Medical and sanitary report on the native army of Bombay for the year
Year: 1879
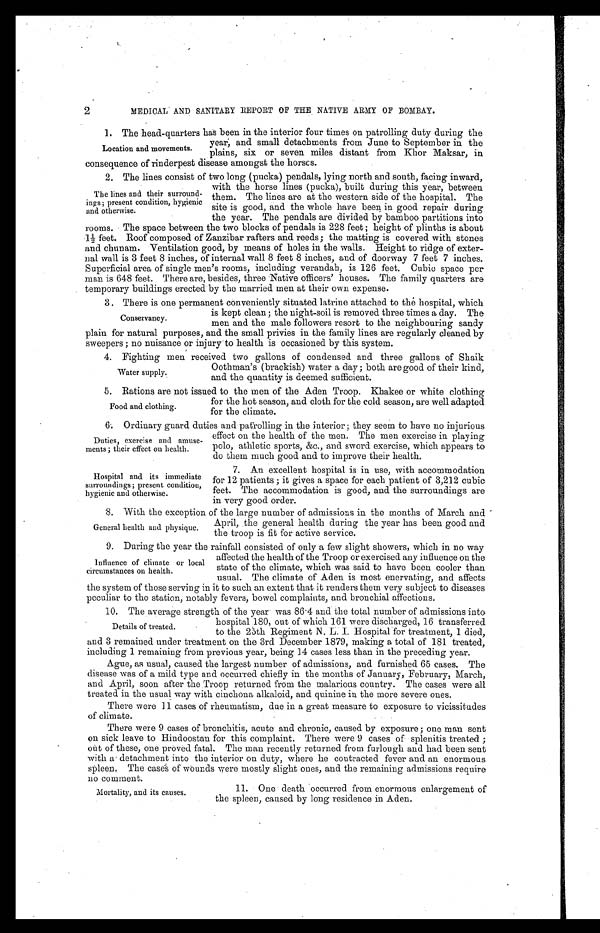
Duties, exercise and amuse
-ments; their effect on health.
Hospital and its immediate
surroundings; present condition,
hygienic and otherwise.
2
MEDICAL AND SANITARY REPORT OF THE NATIVE ARMY OF BOMBAY.
1. The head-quarters has been in the interior four times on patrolling duty during the
year, and small detachments from June to September in the
plains, six. or seven miles distant from Khor Maksar, in
consequence of rinderpest disease amongst the horses..
2. The lines consist of two long (pucka) pendals, lying north and south, facing inward,
with the horse lines (pucka), built during this year, between
them. The lines are at the western side of the hospital. The
site is good, and the whole have been in good repair during
the year. The pendals are divided by bamboo partitions into
rooms. The space between the two blocks of pendals is 228 feet; height of plinths is about
.1½ feet. Roof composed of Zanzibar rafters and reeds; the matting is covered with stones
and chunam. Ventilation good, by means of holes in the walls. Height to ridge of exter
- n a l w a l l i s 3 f e e t 8 i n c h e s , o f i n t e r n a l w a l l 8 f e e t 8 i n c h e s , a n d o f d o o r w a y 7 f e e t 7 i n c h e s .
Superficial area of single men's rooms, including verandah, is 126 feet, Cubic space per
man is 648 feet. There are, besides, three Native officers' houses. The family quarters are
temporary buildings erected by the married men at their own expense.
3. There is one permanent conveniently situated latrine attached to the hospital, which
is kept clean; the night-soil is removed three times a day. The
men and the male followers resort to the neighbouring sandy
plain for natural purposes, and the small privies in the family lines are regularly cleaned by
sweepers; no nuisance or injury to health is occasioned by this system.
4. Fighting men received two gallons of condensed and three gallons of Shaik
Oothman's (brackish) water a day; both are good of their kind,
and the quantity is deemed sufficient.
5. Rations are not issued to the men of the Aden Troop. Khakee or white clothing
for the hot season, and cloth for the cold season, are well adapted
for the climate.
6. Ordinary guard duties and patrolling in the interior; they seem to have no injurious
effect on the health of the men. The men exercise in playing
polo, athletic sports, &c., and sword exercise, which appears to
do them much good and to improve their health.
7. An excellent hospital is in use, with accommodation
for 12 patients; it gives a space for each patient of 3,212 cubic
feet. The accommodation is good, and the surroundings are
in very good order.
8 With the exception of the large number of admissions in the months of March and
April, the general health during the year has been good and
the troop is fit for active service.
9. During the year the rainfall consisted of only a few slight showers, which in no way
affected the health of the Troop or exercised any influence on the
state of the climate, which was said to have been cooler than
usual. The climate of Aden is most enervating, and affects
the system of those serving in it to such an extent that it renders them very subject to diseases
peculiar to the station, notably fevers, bowel complaints, and bronchial affections.
10
The average strength of the year was 86·4 and the total number of admissions into
hospital 180, out of which 161 were discharged, 16 transferred
to the 25th Regiment N.L I. Hospital for treatment, 1 died,
and 3 remained under treatment on the 3rd December 1879, making a total of 181 treated,
including 1 remaining from previous year, being 14 cases less than in the preceding year.
Ague, as usual, caused the largest number of admissions, and furnished 65 cases. The
disease was of a mild type and occurred chiefly in the months of January, February, March,
and April, soon after the Troop returned from the malarious country. The cases were all
treated in the usual way with cinchona alkaloid, and quinine in the more severe ones.
There were 11 cases of rheumatism, due in a great measure to exposure to vicissitudes
of climate.
There were 9 cases of bronchitis, acute and chronic, caused by exposure; one man sent
on sick leave to Hindoostan for this complaint. There were 9 cases of splenitis treated;
out of these, one proved fatal. The man recently returned from furlough and had been sent
with a detachment into the interior on duty, where he contracted fever and an enormous
spleen. The cases of wounds were mostly slight ones, and the remaining admissions require
no comment.
11.
One death occurred from enormous enlargement of
the spleen, caused by long residence in Aden.
Location and movements.
The lines and their surround
- i n g s ; p r e s e n t c o n d i t i o n , h y g i e n i c
and otherwise.
Conservancy.
Water supply.
Food and clothing.
General health and physique.
Influence of climate or local
circumstances on health.
Details of treated.
Mortality, and its causes.